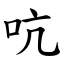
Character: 吭